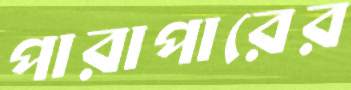
পারাপারের